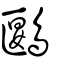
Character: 鶠